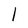
Character: l